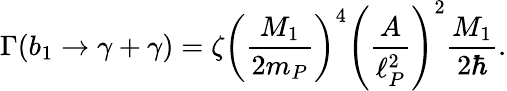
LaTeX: \Gamma(b_{1}\to\gamma+\gamma)=\zeta\left({\frac{M_{1}}{2m_{P}}}\right)^{4}\left({\frac{A}{\ell_{P}^{2}}}\right)^{2}{\frac{M_{1}}{2\hbar}}.